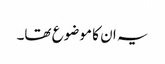
یہ ان کا موضوع تھا۔